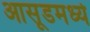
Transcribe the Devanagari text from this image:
आसूडमध्ये